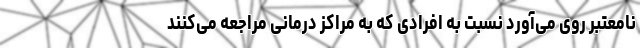
نامعتبر روی می‌آورد نسبت به افرادی که به مراکز درمانی مراجعه می‌کنند